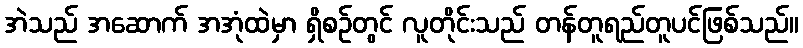
အဲသည် အဆောက် အအုံထဲမှာ ရှိစဉ်တွင် လူတိုင်းသည် တန်တူရည်တူပင်ဖြစ်သည်။